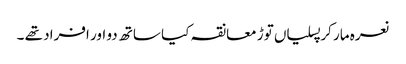
نعرہ مار کر پسلیاں توڑ معانقہ کیا ساتھ دو اور افراد تھے ۔